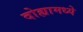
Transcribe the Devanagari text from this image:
दोह्यामध्ये